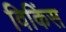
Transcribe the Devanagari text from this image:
विकिंस